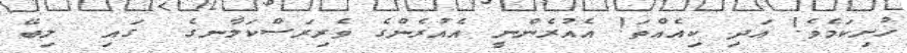
ހުށިކަމެވެ! އަދި ކިއެއްތަ! އެއުރެންނީ އެއުރެންގެ ވެރިރަސްކަލާނގެ  ގައި  ލިބޭ